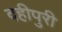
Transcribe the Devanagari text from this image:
दहीपुरी